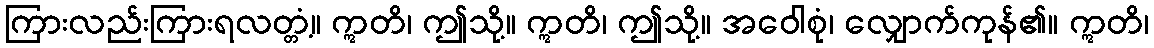
ကြားလည်းကြားရလတ္တံ့။ ဣတိ၊ ဤသို့။ ဣတိ၊ ဤသို့။ အဝေါစုံ၊ လျှောက်ကုန်၏။ ဣတိ၊